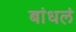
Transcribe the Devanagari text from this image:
बांधलं